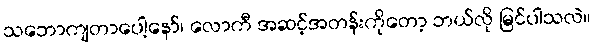
သဘောကျတာပေါ့နော်၊ လောကီ အဆင့်အတန်းကိုတော့ ဘယ်လို မြင်ပါသလဲ။